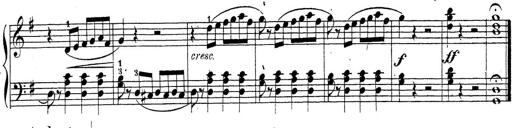
Title: 4 Sonatinas
Composer: Jacob Schmitt